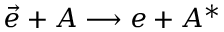
\vec { e } + A \longrightarrow e + A ^ { * }